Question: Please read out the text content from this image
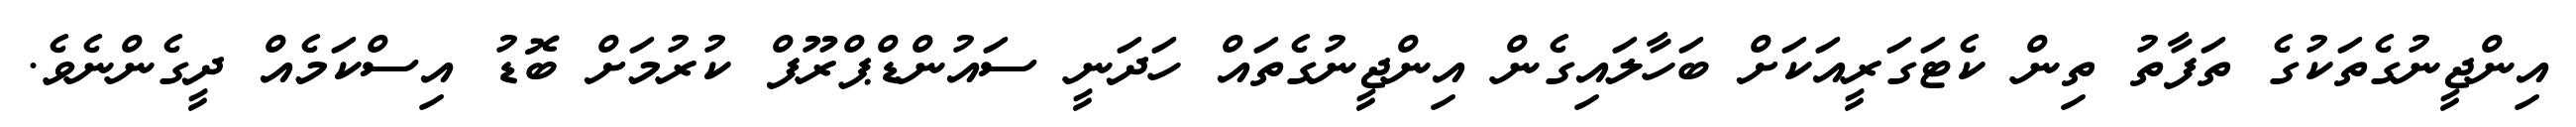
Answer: އިންޖީނުގެތަކުގެ ތަފާތު ތިން ކެޓަގަރީއަކަށް ބަހާލައިގެން އިންޖީނުގެތައް ހަދަނީ ސައުންޑްޕްރޫފް ކުރުމަށް ބޮޑު އިސްކަމެއް ދީގެންނެވެ.